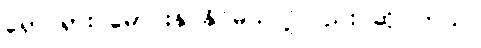
ရှောင်ရှား မောင်းနှင်နိုင်မယ်လို့လည်း ဆိုပါတယ်။